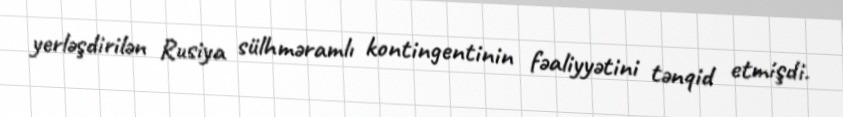
yerləşdirilən Rusiya sülhməramlı kontingentinin fəaliyyətini tənqid etmişdi.